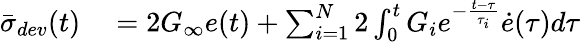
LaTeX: \begin{array}{rl}{{\bar{\sigma}_{dev}}(t)}&{{}=2G_{\infty}e(t)+\sum_{i=1}^{N}2\int_{0}^{t}G_{i}e^{-\frac{t-\tau}{\tau_{i}}}\dot{e}(\tau)d\tau}\end{array}